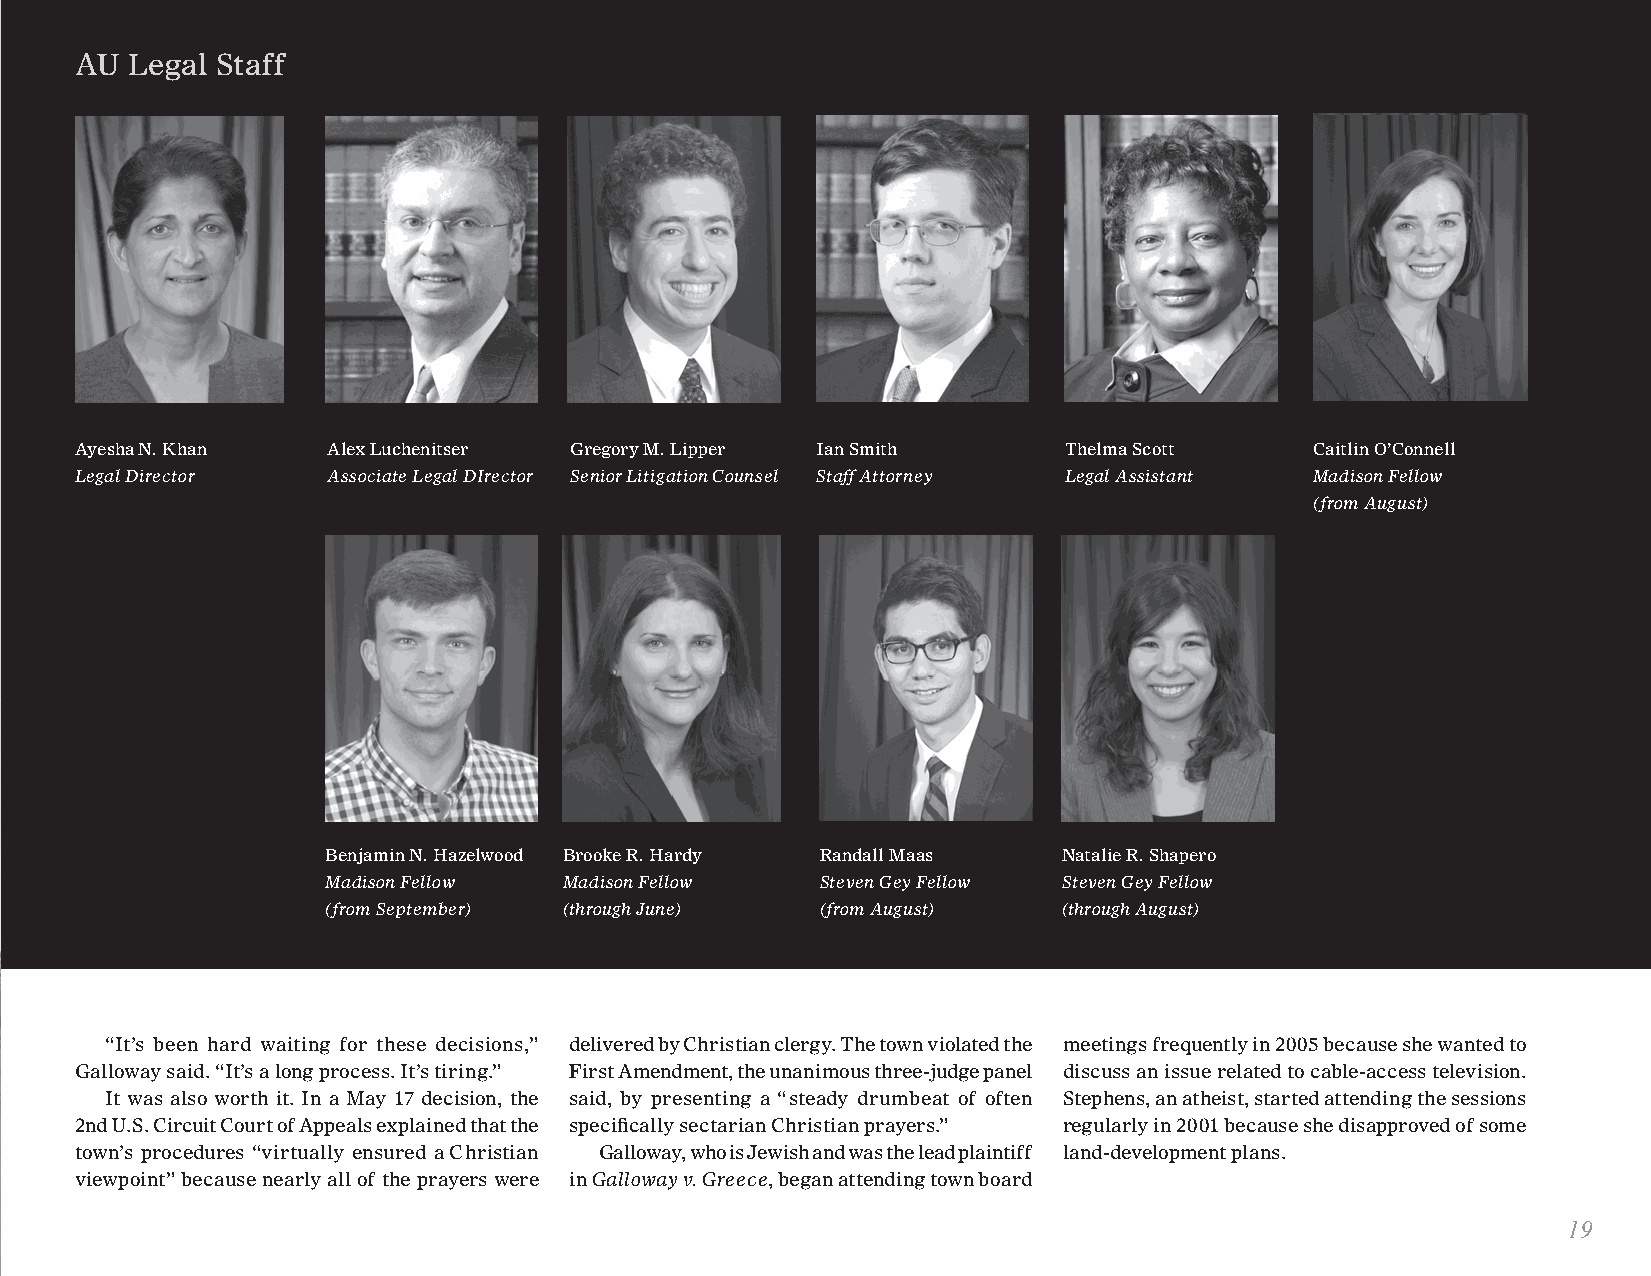
AU Legal Staff
 Ayesha N. Khan   Alex Luchenitser Gregory M. Lipper Ian Smith    Thelma Scott     Caitlin O’Connell
 Legal Director   Associate Legal DIrector Senior Litigation Counsel Staff Attorney Legal Assistant Madison Fellow
 (from August)
 Benjamin N. Hazelwood Brooke R. Hardy Randall Maas Natalie R. Shapero
 Madison Fellow  Madison Fellow   Steven Gey Fellow Steven Gey Fellow
 (from September) (through June)  (from August)   (through August)
 “It’s been hard waiting for these decisions,” delivered by Christian clergy. The town violated the meetings frequently in 2005 because she wanted to
 Galloway said. “It’s a long process. It’s tiring.” First Amendment, the unanimous three-judge panel discuss an issue related to cable-access television.
 It was also worth it. In a May 17 decision, the said, by presenting a “steady drumbeat of often Stephens, an atheist, started attending the sessions
 2nd U.S. Circuit Court of Appeals explained that the specifically sectarian Christian prayers.” regularly in 2001 because she disapproved of some
 town’s procedures “virtually ensured a Christian Galloway, who is Jewish and was the lead plaintiff land-development plans.
 viewpoint” because nearly all of the prayers were in Galloway v. Greece, began attending town board
 19